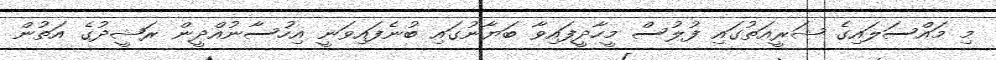
މި މައްސަލައިގެ ޝަރީއަތުގައި ފުލުސް މީހާދީފައިވާ ބަޔާނުގައި ބުނެފައިވަނީ އިހުސާނުއްދީން ރަޝީދުގެ އަތުން